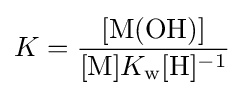
K={\frac {[\mathrm {M} (\mathrm {OH} )]}{[\mathrm {M} ]K_{\mathrm {w} }[\mathrm {H} ]^{-1}}}